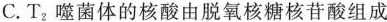
C. T_{2}噬菌体的核酸由脱氧核糖核苷酸组成